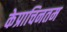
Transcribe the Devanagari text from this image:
केप्राचिनतम